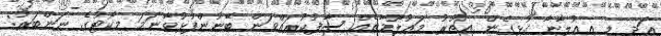
އަދި މި އިޢުލާނާ ގުޅިގެން އިތުރު މަޢުލޫމާތެއް ސާފުކުރައްވަން ބޭނުންފުޅުވާނަމަ މިކޯޓުގެ ނަންބަރު: